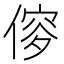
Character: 𠌌